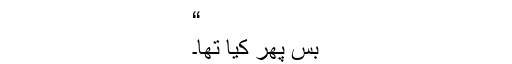
“
بس پھر کیا تھا۔